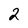
Character: 2